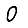
Digit: 0